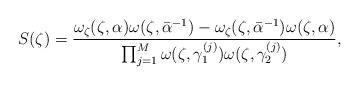
LaTeX: \begin{align*}S(\zeta)=\frac{ \omega_\zeta(\zeta,\alpha)\omega(\zeta,\bar\alpha^{-1})-\omega_\zeta(\zeta,\bar\alpha^{-1})\omega(\zeta, \alpha)}{\prod_{j=1}^{M} \omega(\zeta,\gamma_{1}^{(j)}) \omega(\zeta,\gamma_{2}^{(j)})},\end{align*}